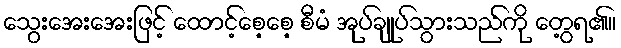
သွေးအေးအေးဖြင့် ထောင့်စေ့စေ့ စီမံ အုပ်ချုပ်သွားသည်ကို တွေ့ရ၏။